Indian journal of veterinary science and animal husbandry - Volume 11,
Year: 1941
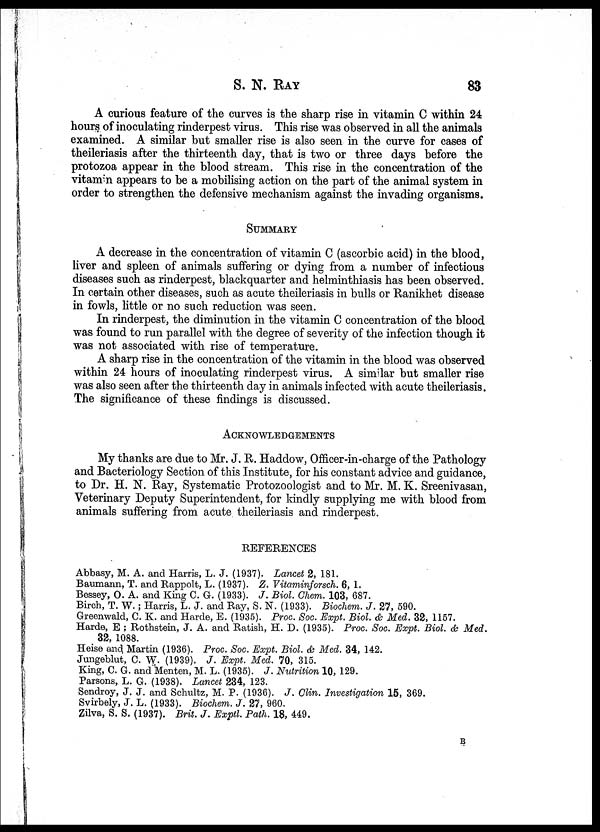
S. N.
RAY
83
A curious feature of the curves is the sharp rise in vitamin C within 24
hours of inoculating rinderpest virus. This rise was observed in all the animals
examined. A similar but smaller rise is also seen in the curve for cases of
theileriasis after the thirteenth day, that is two or three days before the
protozoa appear in the blood stream. This rise in the concentration of the
vitamin appears to be a mobilising action on the part of the animal system in
order to strengthen the defensive mechanism against the invading organisms.
SUMMARY
A decrease in the concentration of vitamin C (ascorbic acid) in the blood,
liver and spleen of animals suffering or dying from a number of infectious
diseases such as rinderpest, blackquarter and helminthiasis has been observed.
In certain other diseases, such as acute theileriasis in bulls or Ranikhet disease
in fowls, little or no such reduction was seen.
In rinderpest, the diminution in the vitamin C concentration of the blood
was found to run parallel with the degree of severity of the infection though it
was not associated with rise of temperature.
A sharp rise in the concentration of the vitamin in the blood was observed
within 24 hours of inoculating rinderpest virus. A similar but smaller rise
was also seen after the thirteenth day in animals infected with acute theileriasis.
The significance of these findings is discussed.
ACKNOWLEDGEMENTS
My thanks are due to Mr. J. R. Haddow, Officer-in-charge of the Pathology
and Bacteriology Section of this Institute, for his constant advice and guidance,
to Dr. H. N. Ray, Systematic Protozoologist and to Mr. M. K. Sreenivasan,
Veterinary Deputy Superintendent, for kindly supplying me with blood from
animals suffering from acute theileriasis and rinderpest.
REFERENCES
Abbasy, M. A. and Harris, L. J. (1937). Lancet 2, 181.
Baumann, T. and Rappolt, L. (1937). Z. Vitaminforsch. 6, 1.
Bessey, O. A. and King C. G. (1933). J. Biol. Chem. 103, 687.
Birch, T. W. ; Harris, L. J. and Ray, S. N. (1933). Biochem. J. 27, 590.
Greenwald, C. K. and Harde, E. (1935). Proc. Soc. Expt. Biol. & Med. 32, 1157.
Harde, E ; Rothstein, J. A. and Ratish, H. D. (1935). Proc. Soc. Expt. Biol. & Med.
32, 1088. Heise and. Martin (1936). Proc. Soc. Expt. Biol. & Med. 34, 142.
Jungeblut, C. W. (1939). J. Expt. Med. 70, 315.
King, C. G. and Menten, M. L. (1935). J. Nutrition 10, 129.
Parsons, L. G. (1938). Lancet 234, 123.
Sendroy, J. J. and Schultz, M. P. (1936). J. Clin. Investigation 15, 369.
Svirbely, J. L. (1933). Biochem. J. 27, 960.
Zilva, S. S. (1937). Brit. J. Exptl. Path. 18, 449.
B